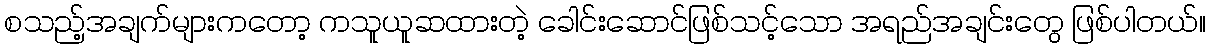
စသည့်အချက်များကတော့ ကသူယူဆထားတဲ့ ခေါင်းဆောင်ဖြစ်သင့်သော အရည်အချင်းတွေ ဖြစ်ပါတယ်။